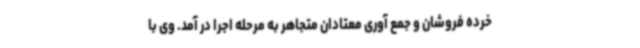
خرده فروشان و جمع آوری معتادان متجاهر به مرحله اجرا در آمد. وی با